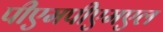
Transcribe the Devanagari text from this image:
पीएमपीएमएल